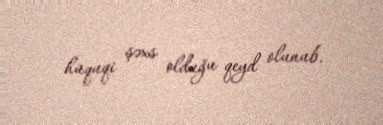
hüquqi şəxs olduğu qeyd olunub.